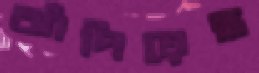
ঝাঁপিয়েছ